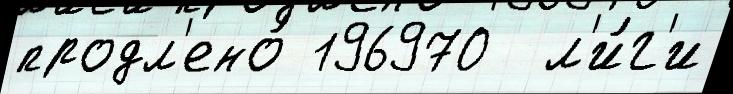
продл'ено́ 196970  л'и́г'и